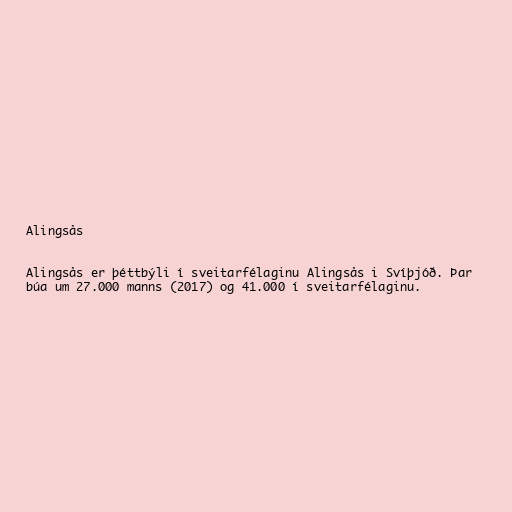
Alingsås

Alingsås er þéttbýli í sveitarfélaginu Alingsås i Svíþjóð. Þar
búa um 27.000 manns (2017) og 41.000 í sveitarfélaginu.